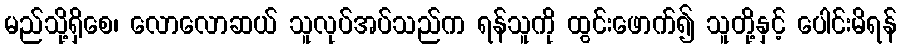
မည်သို့ရှိစေ၊ လောလောဆယ် သူလုပ်အပ်သည်က ရန်သူကို ထွင်းဖောက်၍ သူတို့နှင့် ပေါင်းမိရန်